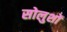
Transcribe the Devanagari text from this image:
सोलुशों